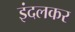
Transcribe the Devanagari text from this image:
इंदलकर